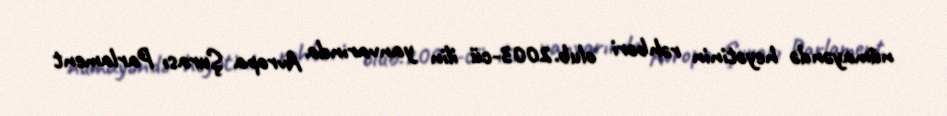
nümayəndə heyətinin rəhbəri olub.2003-cü ilin yanvarında Avropa Şurası Parlament